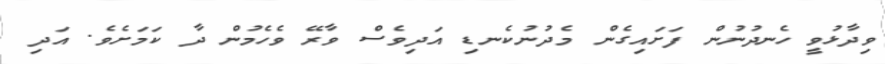
ވިދާޅުވީ ހެނދުނުން ފަށައިގެން މެދުނުކެނޑި އަދިވެސް ވާރޭ ވެހެމުން ދާ ކަމަށެވެ. އަދި